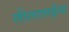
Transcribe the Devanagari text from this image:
लीलाताईंना